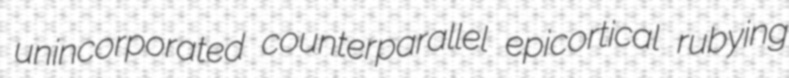
unincorporated counterparallel epicortical rubying